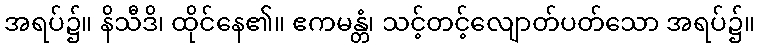
အရပ်၌။ နိသီဒိ၊ ထိုင်နေ၏။ ဧကမန္တံ၊ သင့်တင့်လျောတ်ပတ်သော အရပ်၌။